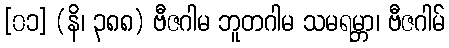
[၀၁] (နိ၊ ၃၈၈) ဗီဇဂါမ ဘူတဂါမ သမရမ္ဘာ၊ ဗီဇဂါမ်